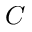
C